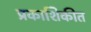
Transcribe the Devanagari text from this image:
प्रकाशिकीत